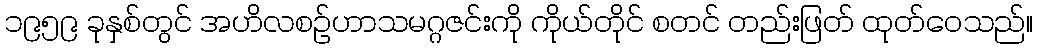
၁၉၅၉ ခုနှစ်တွင် အဟိလစဉ်ဟာသမဂ္ဂဇင်းကို ကိုယ်တိုင် စတင် တည်းဖြတ် ထုတ်ဝေသည်။